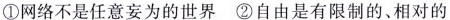
①网络不是任意妄为的世界②自由是有限制的、相对的